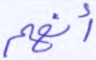
أنهم